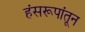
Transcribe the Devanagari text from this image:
हंसरूपांतून